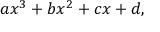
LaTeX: a x ^ { 3 } + b x ^ { 2 } + c x + d ,